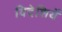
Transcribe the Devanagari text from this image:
विदेशियें